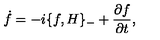
\dot { f } = - i \{ f , H \} _ { - } + { \frac { \partial f } { \partial t } } ,